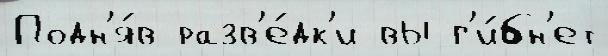
Подн'я́в разв'е́дк'и вы г'и́бн'ет